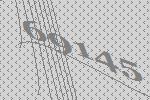
69145